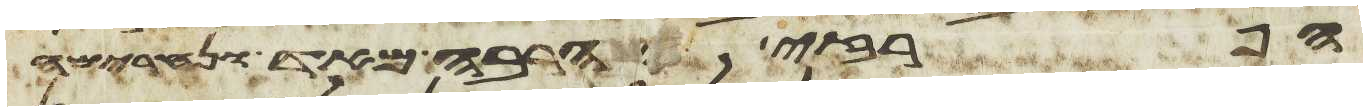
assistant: הפרזי הרבה מאד ונחרימה